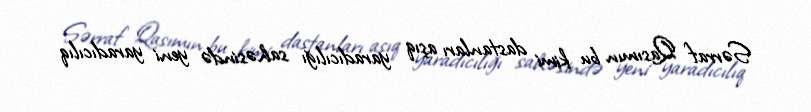
Sərraf Qasımın bu kimi dastanları aşıq yaradıcılığı sahəsində yeni yaradıcılıq